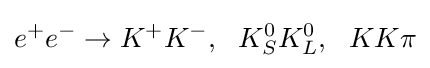
e^{+}e^{-}\to K^{+}K^{-},~~K_{S}^{0}K_{L}^{0},~~KK\pi